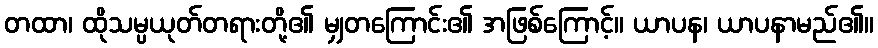
တထာ၊ ထိုသမ္ပယုတ်တရားတို့၏ မျှတကြောင်း၏ အဖြစ်ကြောင့်။ ယာပန၊ ယာပနာမည်၏။